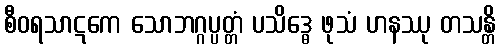
စီဝရသာဋကေ သောဘဂ္ဂပ္ပတ္တံ ပသိဒ္ဓေ ဖုသံ ဟနဿု တသန္တိ